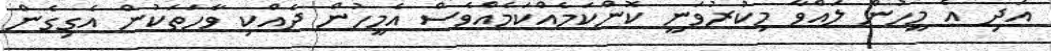
އަދި އެ މީހުން ލައްވާ މިކުރުވަނީ ކޮންކަމެއްކަމެއްވެސް އެމީހުން ދެއްކި ވާހަތަކުން އެގިގެން